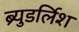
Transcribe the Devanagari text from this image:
ब्र्युडर्लिश